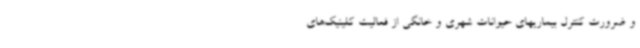
و ضرورت کنترل بیماریهای حیوانات شهری و خانگی از فعالیت کلینیک‌های